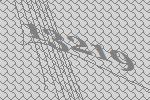
13219